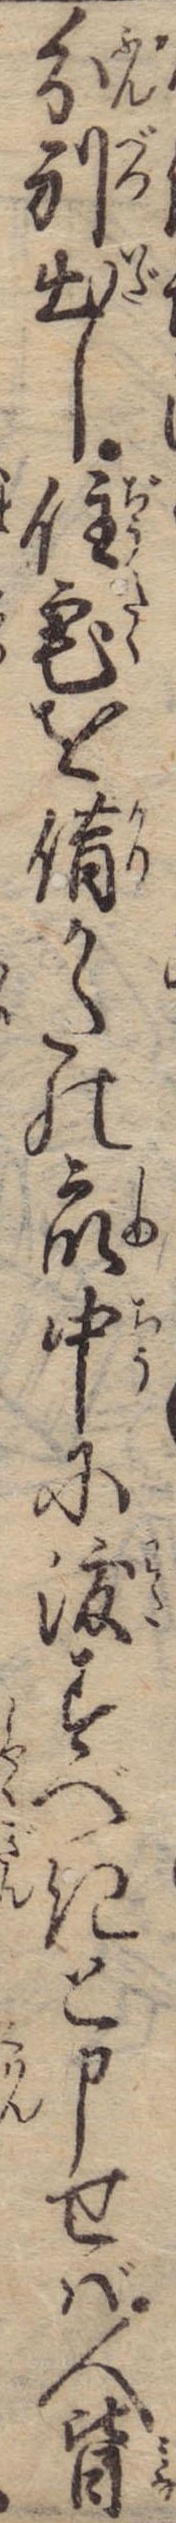
分別出し住宅を借かたの衆中に渡すべきと申せば人皆